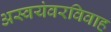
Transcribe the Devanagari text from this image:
अस्वयंवरविवाह